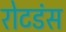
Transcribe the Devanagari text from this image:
रोटडंस